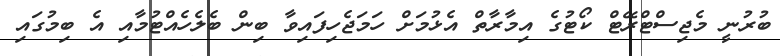
ބުރުނީ މެޖިސްޓްރޭޓް ކޯޓުގެ އިމާރާތް އެޅުމަށް ހަމަޖެހިފައިވާ ބިން ބެލެހެއްޓުމާއި އެ ބިމުގައި